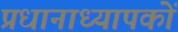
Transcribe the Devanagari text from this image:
प्रधानाध्यापकों